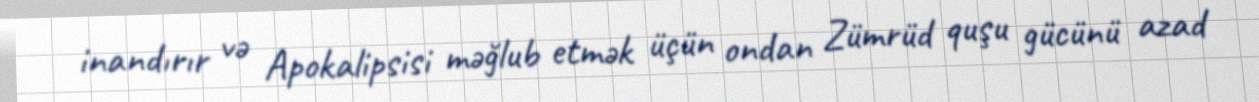
inandırır və Apokalipsisi məğlub etmək üçün ondan Zümrüd quşu gücünü azad